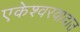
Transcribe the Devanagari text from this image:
एकेश्वरवादात